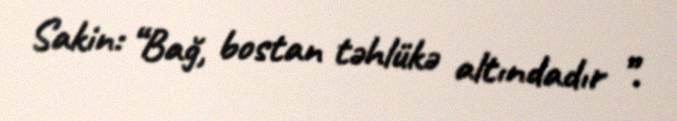
Sakin: “Bağ, bostan təhlükə altındadır ”.